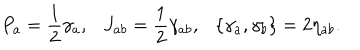
P _ { a } = { \frac { 1 } { 2 } } \gamma _ { a } , \ \ \ J _ { a b } = { \frac { 1 } { 2 } } \gamma _ { a b } , \ \ \ \{ \gamma _ { a } , \gamma _ { b } \} = 2 \eta _ { a b } .